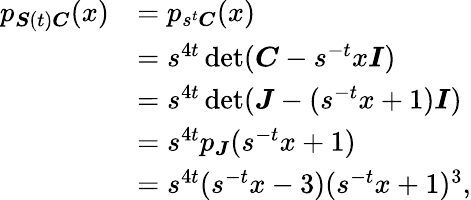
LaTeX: \begin{array}{rl}{p_{{\boldsymbol{S}}(t){\boldsymbol{C}}}(x)}&{=p_{s^{t}{\boldsymbol{C}}}(x)}\\ &{=s^{4t}\operatorname*{det}({\boldsymbol{C}}-s^{-t}x{\boldsymbol{I}})}\\ &{=s^{4t}\operatorname*{det}({\boldsymbol{J}}-(s^{-t}x+1){\boldsymbol{I}})}\\ &{=s^{4t}p_{\boldsymbol{J}}(s^{-t}x+1)}\\ &{=s^{4t}(s^{-t}x-3)(s^{-t}x+1)^{3},}\end{array}